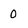
Character: 0